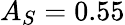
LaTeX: A_{S}=0.55